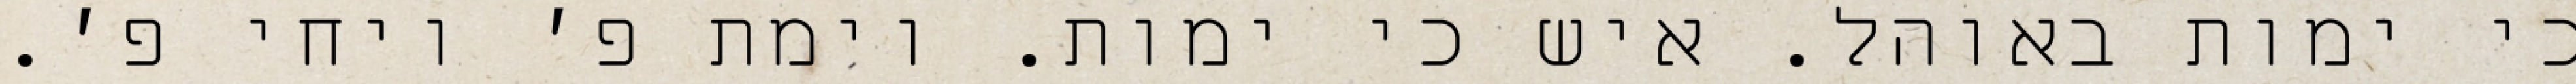
כי ימות באוהל. איש כי ימות. וימת פ׳ ויחי פ׳.